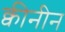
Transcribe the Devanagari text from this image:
क्वीनीन